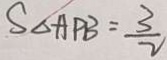
S _ { \Delta A P B } = \frac { 3 } { 2 }